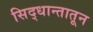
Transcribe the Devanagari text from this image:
सिद्धान्तातून